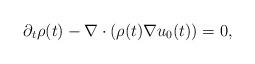
LaTeX: \begin{align*} \partial_t \rho(t) - \nabla \cdot (\rho(t)\nabla u_0(t)) = 0,\end{align*}